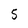
Character: 5